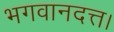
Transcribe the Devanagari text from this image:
भगवानदत्त।